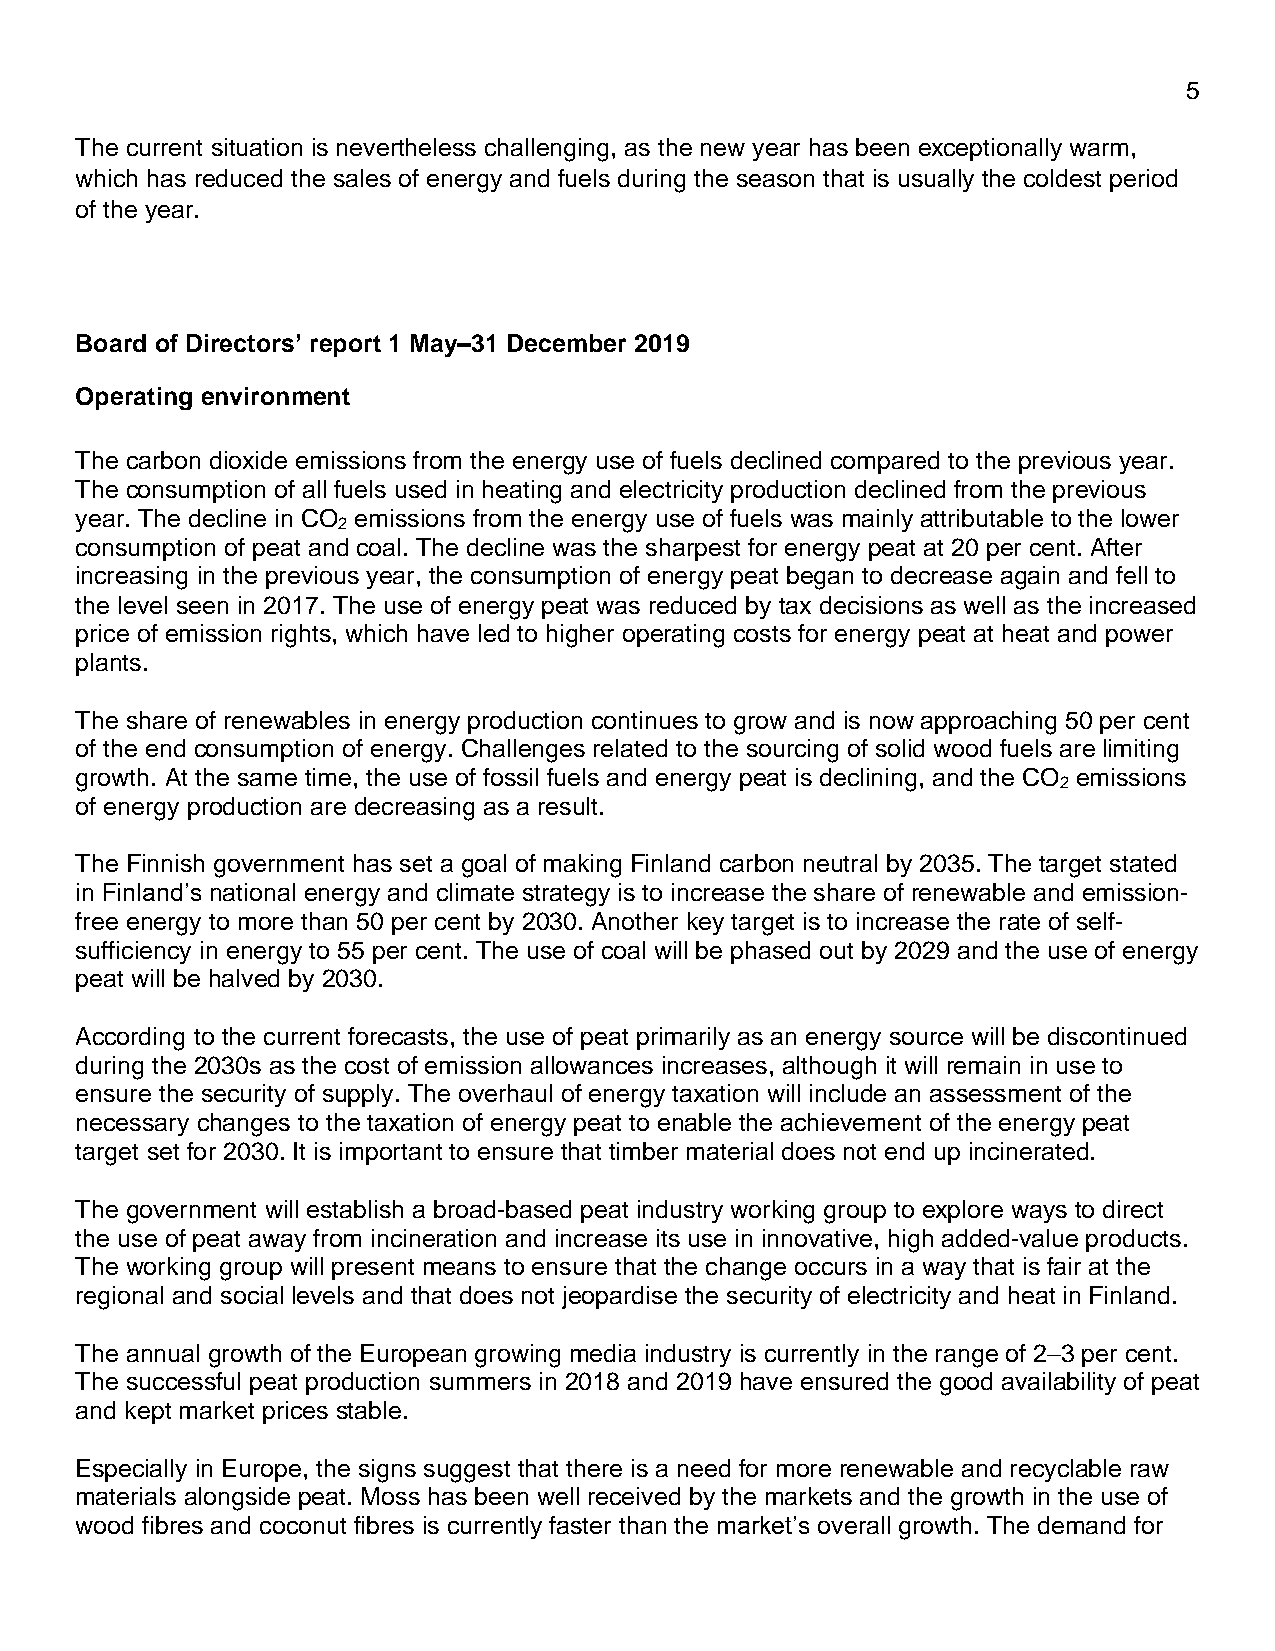
5
 The current situation is nevertheless challenging, as the new year has been exceptionally warm,
 which has reduced the sales of energy and fuels during the season that is usually the coldest period
 of the year.
 Board of Directors’ report 1 May–31 December 2019
 Operating environment
 The carbon dioxide emissions from the energy use of fuels declined compared to the previous year.
 The consumption of all fuels used in heating and electricity production declined from the previous
 year. The decline in CO emissions from the energy use of fuels was mainly attributable to the lower
 2
 consumption of peat and coal. The decline was the sharpest for energy peat at 20 per cent. After
 increasing in the previous year, the consumption of energy peat began to decrease again and fell to
 the level seen in 2017. The use of energy peat was reduced by tax decisions as well as the increased
 price of emission rights, which have led to higher operating costs for energy peat at heat and power
 plants.
 The share of renewables in energy production continues to grow and is now approaching 50 per cent
 of the end consumption of energy. Challenges related to the sourcing of solid wood fuels are limiting
 growth. At the same time, the use of fossil fuels and energy peat is declining, and the CO emissions
 2
 of energy production are decreasing as a result.
 The Finnish government has set a goal of making Finland carbon neutral by 2035. The target stated
 in Finland’s national energy and climate strategy is to increase the share of renewable and emission-
 free energy to more than 50 per cent by 2030. Another key target is to increase the rate of self-
 sufficiency in energy to 55 per cent. The use of coal will be phased out by 2029 and the use of energy
 peat will be halved by 2030.
 According to the current forecasts, the use of peat primarily as an energy source will be discontinued
 during the 2030s as the cost of emission allowances increases, although it will remain in use to
 ensure the security of supply. The overhaul of energy taxation will include an assessment of the
 necessary changes to the taxation of energy peat to enable the achievement of the energy peat
 target set for 2030. It is important to ensure that timber material does not end up incinerated.
 The government will establish a broad-based peat industry working group to explore ways to direct
 the use of peat away from incineration and increase its use in innovative, high added-value products.
 The working group will present means to ensure that the change occurs in a way that is fair at the
 regional and social levels and that does not jeopardise the security of electricity and heat in Finland.
 The annual growth of the European growing media industry is currently in the range of 2–3 per cent.
 The successful peat production summers in 2018 and 2019 have ensured the good availability of peat
 and kept market prices stable.
 Especially in Europe, the signs suggest that there is a need for more renewable and recyclable raw
 materials alongside peat. Moss has been well received by the markets and the growth in the use of
 wood fibres and coconut fibres is currently faster than the market’s overall growth. The demand for